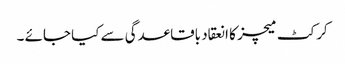
کرکٹ میچز کا انعقاد باقاعدگی سے کیا جائے ۔